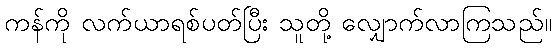
ကန်ကို လက်ယာရစ်ပတ်ပြီး သူတို့ လျှောက်လာကြသည်။